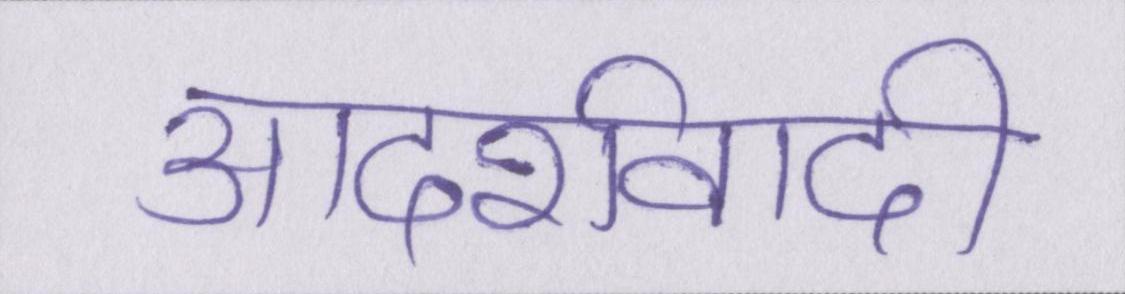
आदर्शवादी